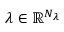
\lambda \in \mathbb { R } ^ { N _ { \lambda } }